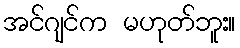
အင်ဂျင်က မဟုတ်ဘူး။